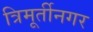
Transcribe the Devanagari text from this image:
त्रिमूर्तीनगर